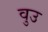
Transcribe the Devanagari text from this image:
वुउ